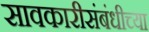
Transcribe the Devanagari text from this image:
सावकारीसंबंधीच्या